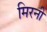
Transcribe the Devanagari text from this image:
मिरनी